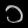
Digit: ၁